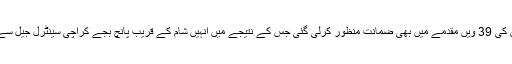
بدھ کی صبح ان کی 39 ویں مقدمے میں بھی ضمانت منظور کرلی گئی جس کے نتیجے میں انہیں شام کے قریب پانچ بجے کراچی سینٹرل جیل سے رہا کردیا گیا۔